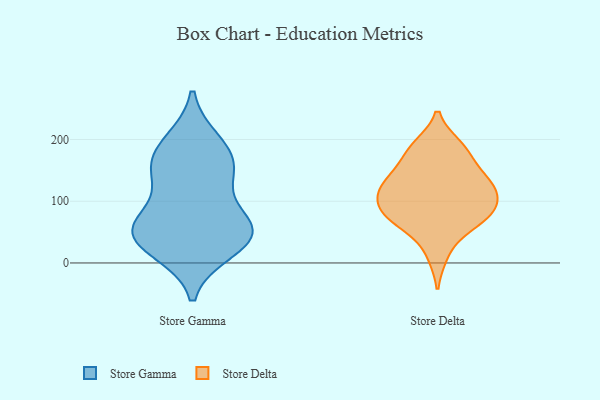
{"axis": {"x": "Backlog", "y": "Value"}, "legend": ["Store Delta", "Store Gamma"], "data": [{"x": "", "y": 21, "type": "Store Gamma"}, {"x": "", "y": 186, "type": "Store Gamma"}, {"x": "", "y": 144, "type": "Store Gamma"}, {"x": "", "y": 60, "type": "Store Gamma"}, {"x": "", "y": 56, "type": "Store Gamma"}, {"x": "", "y": 149, "type": "Store Gamma"}, {"x": "", "y": 68, "type": "Store Gamma"}, {"x": "", "y": 151, "type": "Store Gamma"}, {"x": "", "y": 32, "type": "Store Gamma"}, {"x": "", "y": 196, "type": "Store Gamma"}, {"x": "", "y": 57, "type": "Store Gamma"}, {"x": "", "y": 41, "type": "Store Gamma"}, {"x": "", "y": 115, "type": "Store Delta"}, {"x": "", "y": 79, "type": "Store Delta"}, {"x": "", "y": 112, "type": "Store Delta"}, {"x": "", "y": 14, "type": "Store Delta"}, {"x": "", "y": 144, "type": "Store Delta"}, {"x": "", "y": 189, "type": "Store Delta"}, {"x": "", "y": 136, "type": "Store Delta"}, {"x": "", "y": 86, "type": "Store Delta"}, {"x": "", "y": 61, "type": "Store Delta"}, {"x": "", "y": 77, "type": "Store Delta"}, {"x": "", "y": 120, "type": "Store Delta"}, {"x": "", "y": 180, "type": "Store Delta"}, {"x": "", "y": 184, "type": "Store Delta"}, {"x": "", "y": 98, "type": "Store Delta"}, {"x": "", "y": 66, "type": "Store Delta"}, {"x": "", "y": 135, "type": "Store Delta"}]}